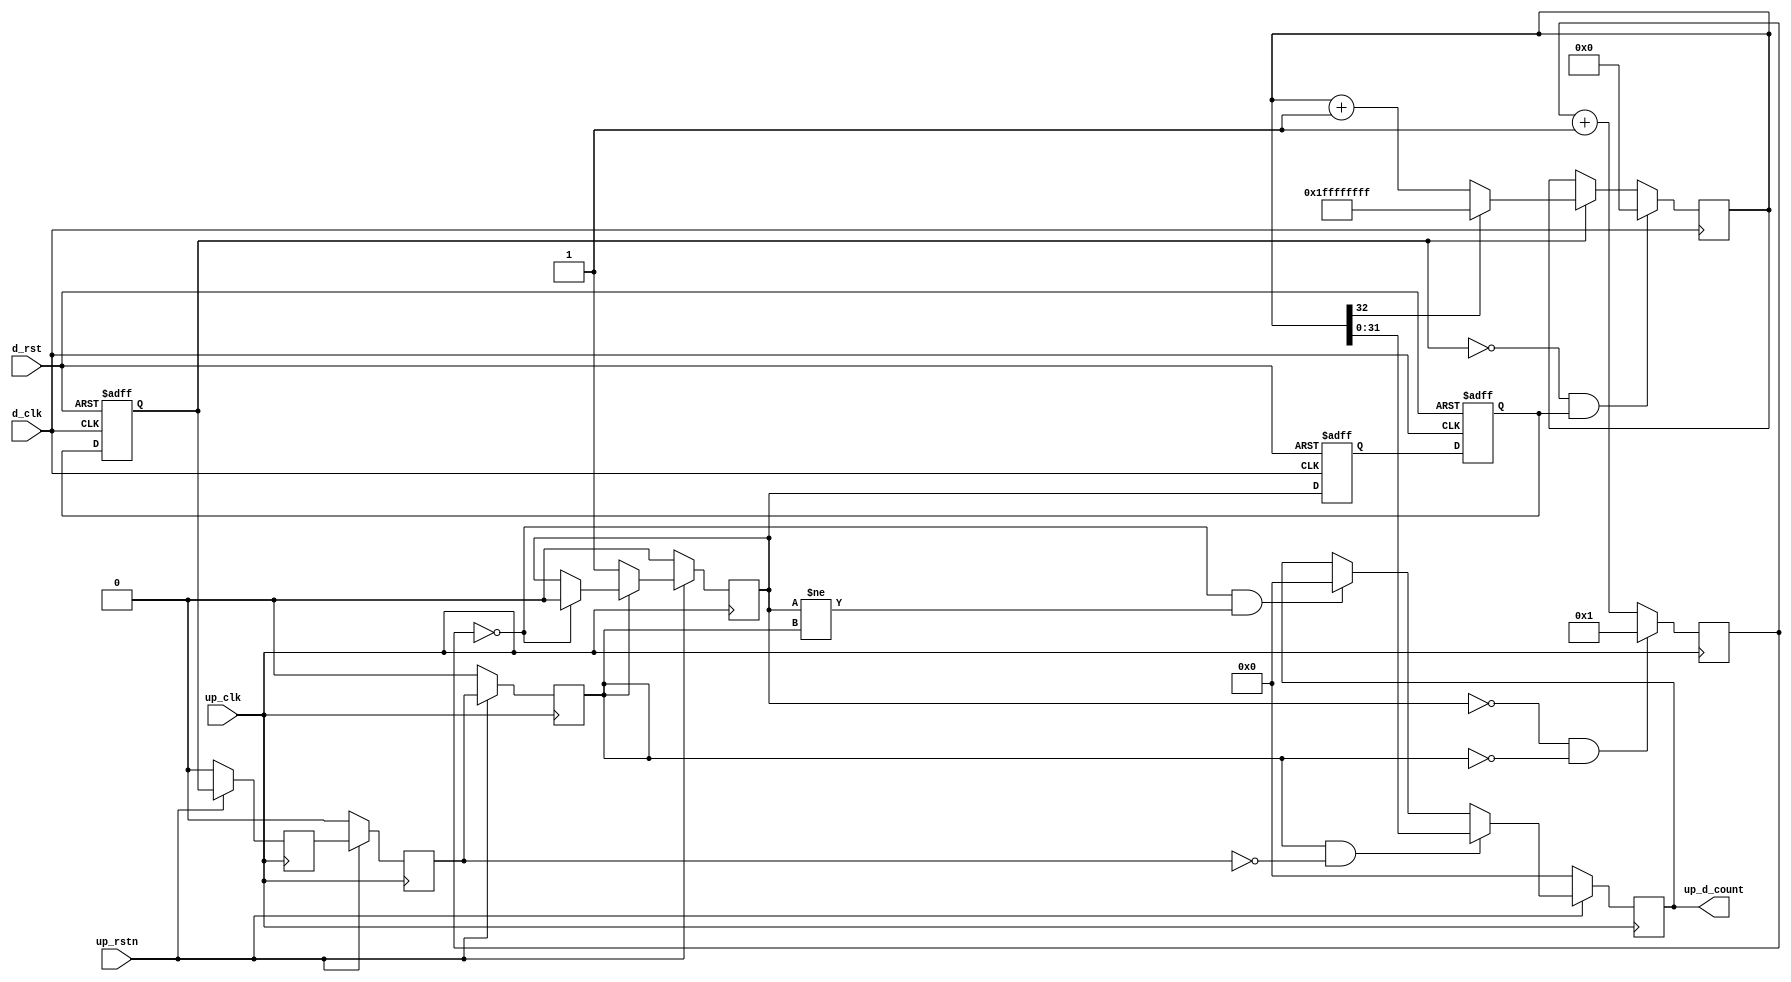
module up_clock_mon_2 #(
  parameter TOTAL_WIDTH = 32
) (
  input                              up_rstn,
  input                              up_clk,
  output  reg [TOTAL_WIDTH-1:0]      up_d_count,
  input                              d_rst,
  input                              d_clk);
  reg     [15:0]           up_count = 'd1;
  reg                      up_count_run = 'd0;
  reg                      up_count_running_m1 = 'd0;
  reg                      up_count_running_m2 = 'd0;
  reg                      up_count_running_m3 = 'd0;
  reg                      d_count_run_m1 = 'd0;
  reg                      d_count_run_m2 = 'd0;
  reg                      d_count_run_m3 = 'd0;
  reg     [TOTAL_WIDTH:0]  d_count = 'd0;
  wire                     up_count_capture_s;
  wire                     d_count_reset_s;
  assign up_count_capture_s = up_count_running_m3 == 1'b1 && up_count_running_m2 == 1'b0;
  always @(posedge up_clk) begin
    if (up_rstn == 0) begin
      up_count_running_m1 <= 1'b0;
      up_count_running_m2 <= 1'b0;
      up_count_running_m3 <= 1'b0;
    end else begin
      up_count_running_m1 <= d_count_run_m3;
      up_count_running_m2 <= up_count_running_m1;
      up_count_running_m3 <= up_count_running_m2;
    end
  end
  always @(posedge up_clk) begin
    if (up_rstn == 0) begin
      up_d_count <= 'd0;
      up_count_run <= 1'b0;
    end else begin
      if (up_count_running_m3 == 1'b0) begin
        up_count_run <= 1'b1;
      end else if (up_count == 'h00) begin
        up_count_run <= 1'b0;
      end
      if (up_count_capture_s == 1'b1) begin
        up_d_count <= d_count[TOTAL_WIDTH-1:0];
      end else if (up_count == 'h00 && up_count_run != up_count_running_m3) begin
        up_d_count <= 'h00;
      end
    end
  end
  always @(posedge up_clk) begin
    if (up_count_run == 1'b0 && up_count_running_m3 == 1'b0) begin
      up_count <= 'h01;
    end else begin
      up_count <= up_count + 1'b1;
    end
  end
  assign d_count_reset_s = d_count_run_m3 == 1'b0 && d_count_run_m2 == 1'b1;
  always @(posedge d_clk or posedge d_rst) begin
    if (d_rst == 1'b1) begin
      d_count_run_m1 <= 1'b0;
      d_count_run_m2 <= 1'b0;
      d_count_run_m3 <= 1'b0;
    end else begin
      d_count_run_m1 <= up_count_run;
      d_count_run_m2 <= d_count_run_m1;
      d_count_run_m3 <= d_count_run_m2;
    end
  end
  always @(posedge d_clk) begin
    if (d_count_reset_s == 1'b1) begin
      d_count <= 'h00;
    end else if (d_count_run_m3 == 1'b1) begin
      if (d_count[TOTAL_WIDTH] == 1'b0) begin
        d_count <= d_count + 1'b1;
      end else begin
        d_count <= {TOTAL_WIDTH+1{1'b1}};
      end
    end
  end
endmodule